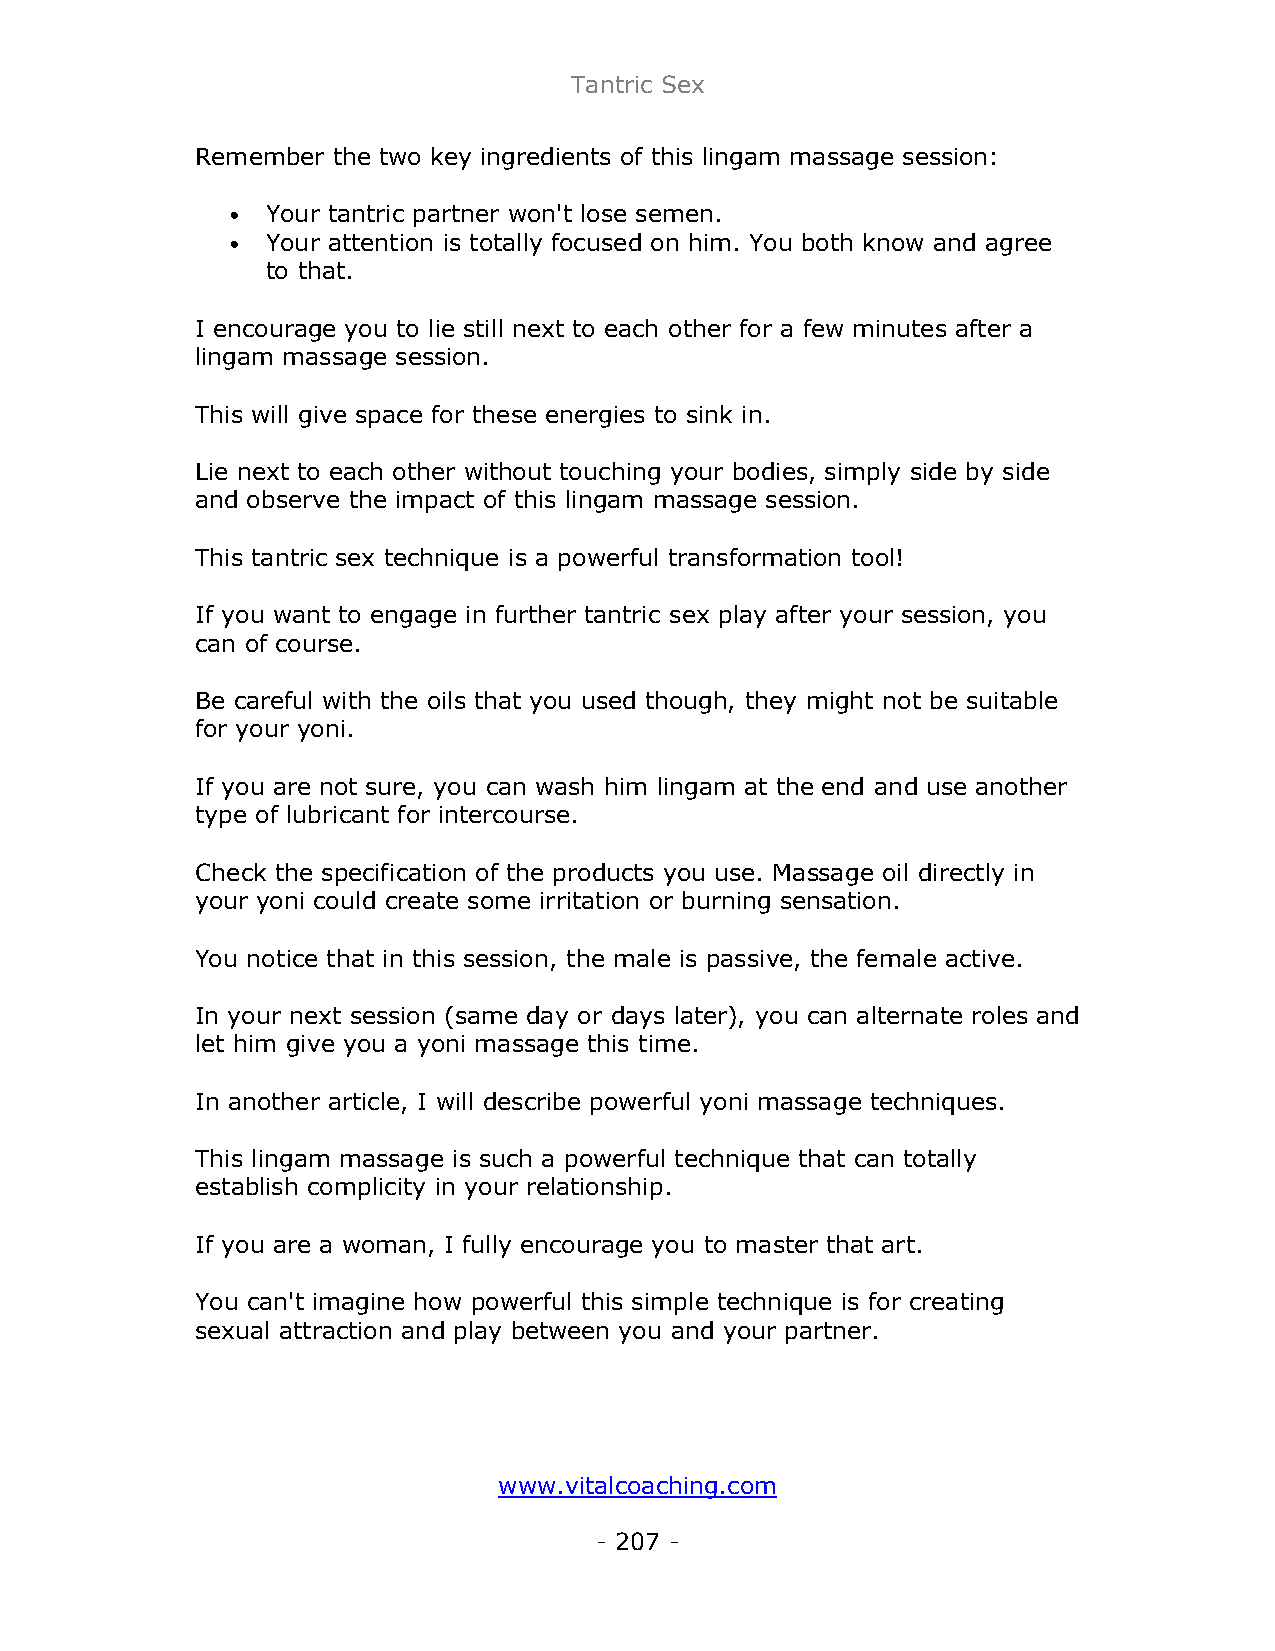
Tantric Sex
 Remember the two key ingredients of this lingam massage session:
 •  Your tantric partner won't lose semen.
 •  Your attention is totally focused on him. You both know and agree
 to that.
 I encourage you to lie still next to each other for a few minutes after a
 lingam massage session.
 This will give space for these energies to sink in.
 Lie next to each other without touching your bodies, simply side by side
 and observe the impact of this lingam massage session.
 This tantric sex technique is a powerful transformation tool!
 If you want to engage in further tantric sex play after your session, you
 can of course.
 Be careful with the oils that you used though, they might not be suitable
 for your yoni.
 If you are not sure, you can wash him lingam at the end and use another
 type of lubricant for intercourse.
 Check the specification of the products you use. Massage oil directly in
 your yoni could create some irritation or burning sensation.
 You notice that in this session, the male is passive, the female active.
 In your next session (same day or days later), you can alternate roles and
 let him give you a yoni massage this time.
 In another article, I will describe powerful yoni massage techniques.
 This lingam massage is such a powerful technique that can totally
 establish complicity in your relationship.
 If you are a woman, I fully encourage you to master that art.
 You can't imagine how powerful this simple technique is for creating
 sexual attraction and play between you and your partner.
 www.vitalcoaching.com
 - 207 -